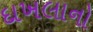
દાખલાનો